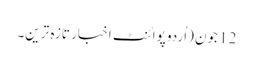
12 جون (اُردو پوائنٹ اخبار تازہ ترین۔